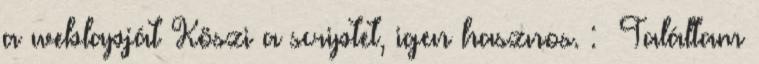
a weblapját Köszi a scriptet, igen hasznos. : Találtam